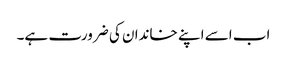
اب اسے اپنے خاندان کی ضرورت ہے۔